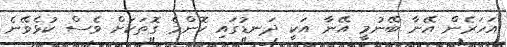
އަހަރެން އޭނާ ބޭނުމީ އޭނާ އަކީ ދަނޑުގައި ކޮންމެ ގޮތަކަށް ވެސް ކުޅެވޭނެ